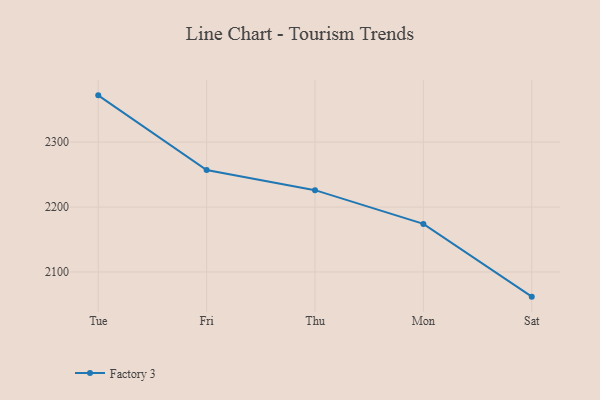
{"axis": {"x": "Day", "y": "Page Views"}, "legend": ["Factory 3"], "data": [{"x": "Tue", "y": 2372.0, "type": "Factory 3"}, {"x": "Fri", "y": 2257.0, "type": "Factory 3"}, {"x": "Thu", "y": 2226.0, "type": "Factory 3"}, {"x": "Mon", "y": 2174.0, "type": "Factory 3"}, {"x": "Sat", "y": 2062.0, "type": "Factory 3"}]}